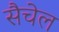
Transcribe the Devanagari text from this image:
सैचेल